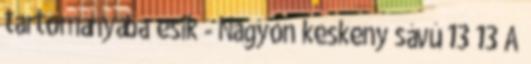
tartományába esik - Nagyon keskeny sávú 13 13 A